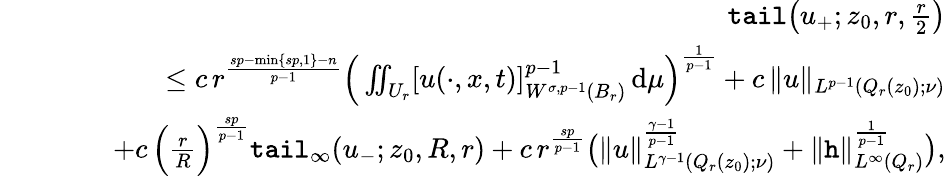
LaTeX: \begin{array}{rlr}&{}&{\textup{\texttt{tail}}\big(u_{+};z_{0},r,\frac{r}{2}\big)}\\ &{}&{\quad\le c\, r^{\frac{sp-\operatorname*{min}\{ sp,1\} -n}{p-1}}\Big(\iint_{U_{r}}[u(\cdot,x,t)]_{W^{\sigma,p-1}(B_{r})}^{p-1}\, \mathrm{d}\mu\Big)^{\frac{1}{p-1}}+c\, \| u\| _{L^{p-1}(Q_{r}(z_{0});\nu)}}\\ &{}&{\qquad+c\, \Big(\frac{r}{R}\Big)^{\frac{sp}{p-1}}\textup{\texttt{tail}}_{\infty}(u_{-};z_{0},R,r)+c\, r^{\frac{sp}{p-1}}\big(\| u\| _{L^{\gamma-1}(Q_{r}(z_{0});\nu)}^{\frac{\gamma-1}{p-1}}+\| \textup{\texttt{h}}\| _{L^{\infty}(Q_{r})}^{\frac{1}{p-1}}\big),}\end{array}